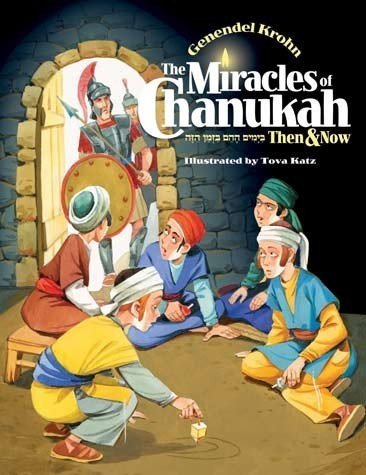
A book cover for The Miracles of Chanukah: Then and Now; Genendel Krohn; Teen & Young Adult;